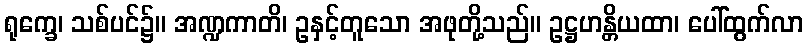
ရုက္ခေ၊ သစ်ပင်၌။ အဏ္ဍကာတိ၊ ဥနှင့်တူသော အဖုတို့သည်။ ဥဋ္ဌဟန္တိယထာ၊ ပေါ်ထွက်လာ